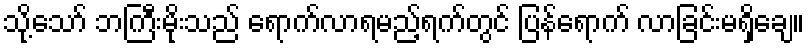
သို့သော် ဘကြီးမိုးသည် ရောက်လာရမည့်ရက်တွင် ပြန်ရောက် လာခြင်းမရှိချေ။